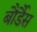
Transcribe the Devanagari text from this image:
बौर्डैस